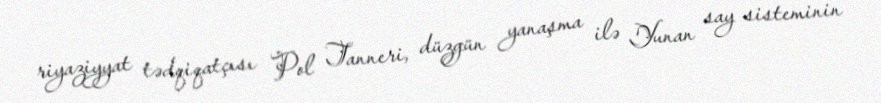
riyaziyyat tədqiqatçısı Pol Tanneri, düzgün yanaşma ilə Yunan say sisteminin